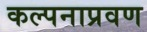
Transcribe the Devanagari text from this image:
कल्पनाप्रवण